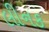
લીનક